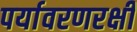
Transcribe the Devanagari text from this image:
पर्यावरणरक्षी